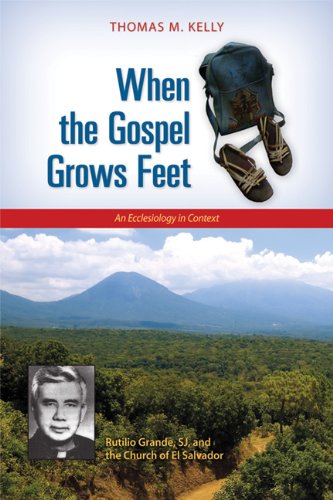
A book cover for When the Gospel Grows Feet: Rutilio Grande, SJ, and the Church of El Salvador; An Ecclesiology in Context; Thomas M. Kelly; Christian Books & Bibles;